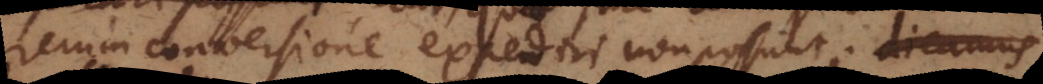
rerum conversione expediri non possunt; d